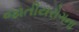
જાતીયરોગના